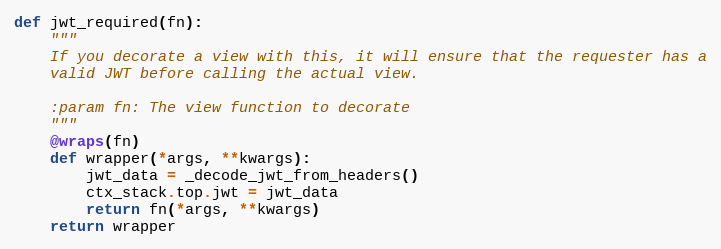
Language: Python
def jwt_required(fn):
    """
    If you decorate a view with this, it will ensure that the requester has a
    valid JWT before calling the actual view.

    :param fn: The view function to decorate
    """
    @wraps(fn)
    def wrapper(*args, **kwargs):
        jwt_data = _decode_jwt_from_headers()
        ctx_stack.top.jwt = jwt_data
        return fn(*args, **kwargs)
    return wrapper